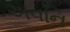
અવનિ